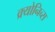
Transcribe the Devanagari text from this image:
क्र्योनिच्स